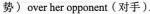
势)over her opponent(对手).